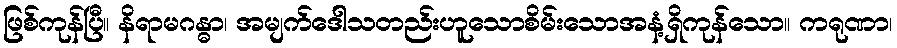
ဖြစ်ကုန်ပြီ။ နိရာမဂန္ဓာ၊ အမျက်ဒေါသတည်းဟူသောစိမ်းသောအနံ့ရှိကုန်သော။ ကရုဏာ၊